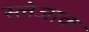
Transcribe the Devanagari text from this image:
स्लेजाक